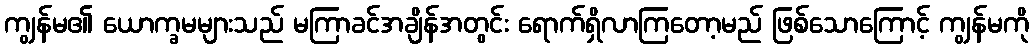
ကျွန်မ၏ ယောက္ခမများသည် မကြာခင်အချိန်အတွင်း ရောက်ရှိလာကြတော့မည် ဖြစ်သောကြောင့် ကျွန်မကို